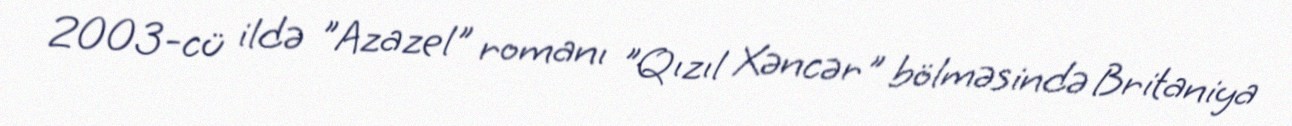
2003-cü ildə "Azazel" romanı "Qızıl Xəncər" bölməsində Britaniya